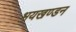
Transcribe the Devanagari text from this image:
भयखण्डन